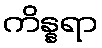
ကိန္နရာ